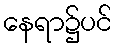
နေရာ၌ပင်